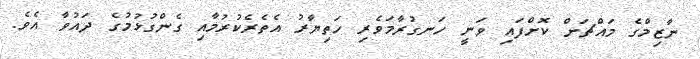
ނާޒިމްގެ މައްޗަށް ކޮށްފައި ވަނީ ހަނގުރާމަވެރި ހަތިޔާރު އެތެރެކުރުމާއި ގެންގުޅުމުގެ ދައުވާ އެވެ.